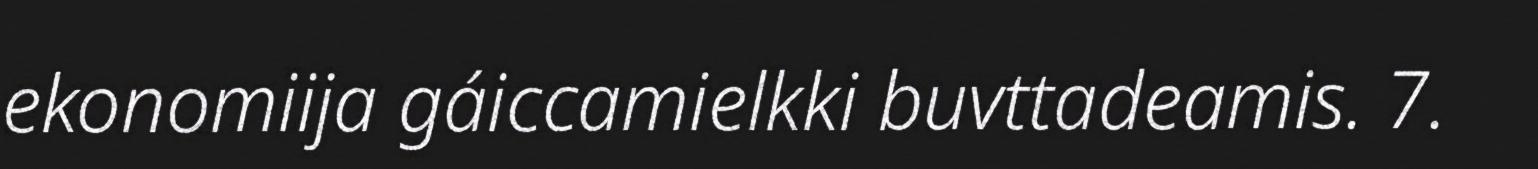
ekonomiija gáiccamielkki buvttadeamis. 7.